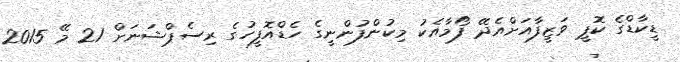
ޑީކާޑްގެ ކޮޕީ ވަޒީފާއަށްއެދޭ ފޯމާއެކު މިކުންފުންނީގެ ހެޑްއޮފީހުގެ ރިސެޕްޝަނަށް 21 މޭ 2015